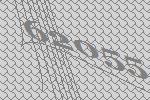
62055